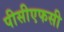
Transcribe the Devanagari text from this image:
पीसीएफसी